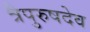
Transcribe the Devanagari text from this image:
त्रैपुरुषदेव